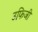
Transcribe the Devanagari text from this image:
उफिजी